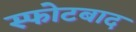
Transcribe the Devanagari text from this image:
स्फोटबाद